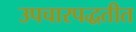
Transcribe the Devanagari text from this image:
उपचारपद्धतीत